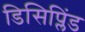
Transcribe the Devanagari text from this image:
डिसिप्लिंड